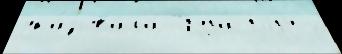
ука́зывала Труда́ году ́